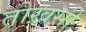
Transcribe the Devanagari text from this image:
तोख़सी